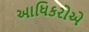
આધિકરોએ